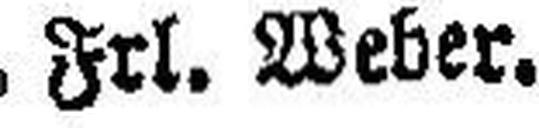
Frl. Weber.